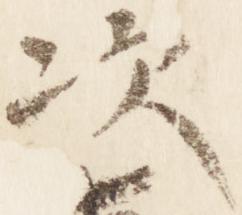
次